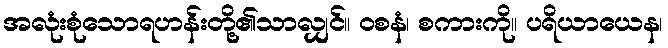
အလုံးစုံသောရဟန်းတို့၏သာလျှင်။ ဝစနံ၊ စကားကို။ ပရိယာယေန၊